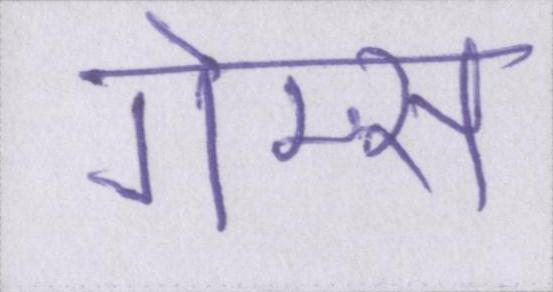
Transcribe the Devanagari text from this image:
गेम्स